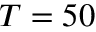
T = 5 0